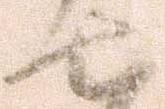
七